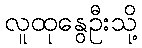
လူထုနွေဦးသို့